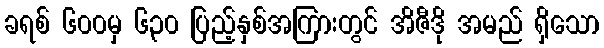
ခရစ် ၆၀၀မှ ၆၃၀ ပြည့်နှစ်အကြားတွင် အိဇီဒို အမည် ရှိသော